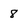
Character: 8